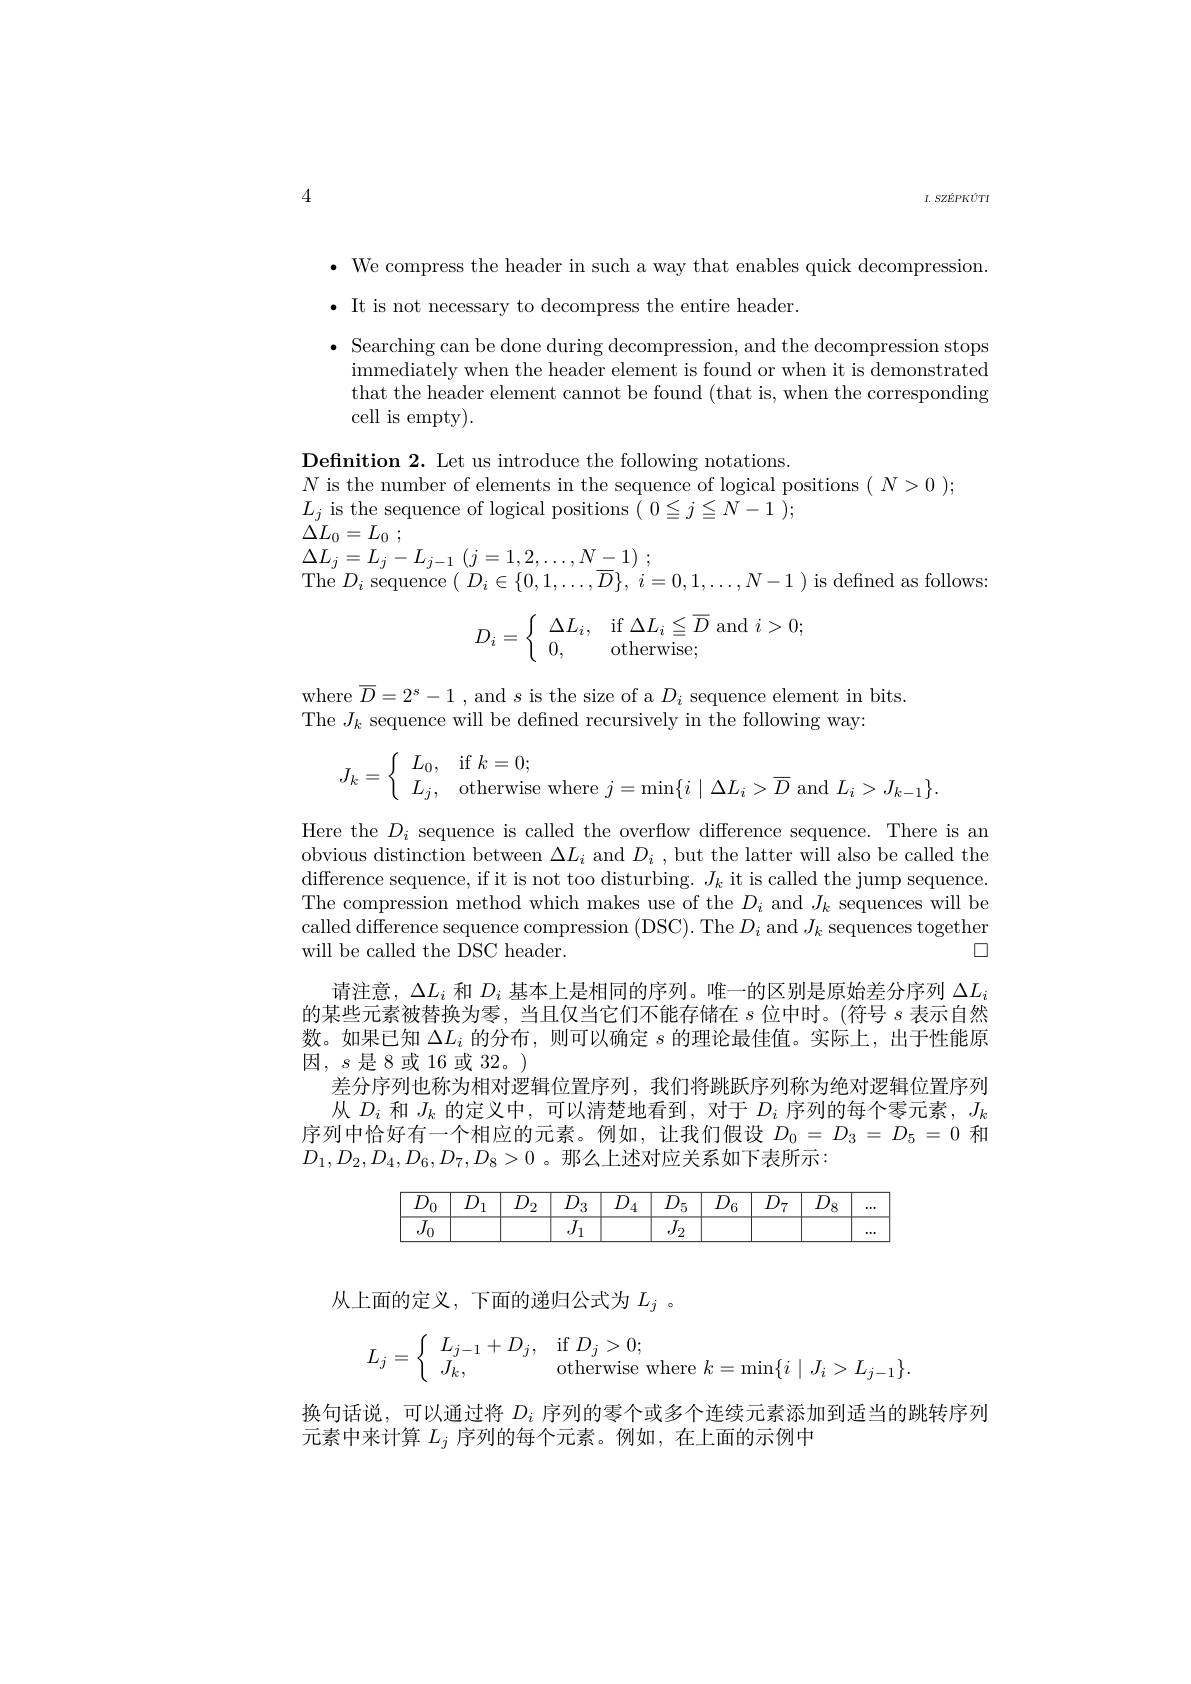
4

I. SZÉPKUTI

$\bullet$ We compress the header in such a way that enables quick decompression.
$\bullet$ It is not necessary to decompress the entire header.

$\bullet$ Searching can be done during decompression, and the decompression stops
immediately when the header element is found or when it is demonstrated that the header element cannot be found (that is, when the corresponding cell is empty).

Definition 2. Let us introduce the following notations.
$N$ is the number of elements in the sequence of logical positions $(N>0);$
$L_{j}$ is the sequence of logical positions $(0\leqq j\leqq N-1);$
$\Delta L_{0}= L_{0}$ ;

$\Delta L_{j}=L_{j}-L_{j-1}\left(j=1,2,\ldots,N-1\right);$
The $D_{i}$ sequence $( D_{i}\in \{ 0, 1, \ldots , \overline {D}\} $, $i= 0, 1, \ldots , N- 1)$ is defined as follows:
$$D_i=\left\{\begin{array}{ll}\Delta L_i,&\textrm{if}\Delta L_i\leqq\overline{D}\textrm{and}i>0;\\0,&\textrm{otherwise};\end{array}\right.$$
$\begin{array}{l}{\mathrm{where~}\overline{D}=2^{s}-1\:,\mathrm{~and~}s\:\mathrm{is~the~size~of~a~}D_{i}\:\mathrm{sequence~element~in~bits}}\\{\mathrm{The~}J_{k}\:\mathrm{sequence~will~be~defined~recursively~in~the~following~way:}}\end{array}$
$$J_k=\left\{\begin{array}{ll}L_0,&\text{if}\:k=0;\\L_j,&\text{otherwise where}\:j=\min\{i\mid\Delta L_i>\overline D\text{and}\:L_i>J_{k-1}\}.\end{array}\right.$$
Here the $D_i$ sequence is called the overflow difference sequence. There is an obvious distinction between $\Delta L_i$ and $D_i$, but the latter will also be called the $\operatorname*{difference~sequence,~if~it~is~not~too~disturbing.~}J_{k}$ it is called the jump sequence. The compression method which makes use of the $D_i$ and $J_k$ sequences will be called difference sequence compression (DSC). The $D_i$ and $J_k$ sequences together
$\square$
will be called the DSC header.
请注意，$\Delta L_i$和$D_i$基本上是相同的序列。唯一的区别是原始差分序列$\Delta L_i$ 的某些元素被替换为零，当且仅当它们不能存储在$s$位中时。(符号$s$表示自然数。如果已知$\Delta L_i$的分布，则可以确定$s$的理论最佳值。实际上，出于性能原因，$s$是8或 16 或 32。)
差分序列也称为相对逻辑位置序列，我们将跳跃序列称为绝对逻辑位置序列从$D_i$和$J_k$的定义中，可以清楚地看到，对于$D_i$序列的每个零元素，$J_k$
序列中恰好有一个相应的元素。例如，让我们假设$D_0=D_3=D_5=0$和
$D_1,D_2,D_4,D_6,D_7,D_8>0$ 。那么上述对应关系如下表所示：

从上面的定义，下面的递归公式为$L_j$ 。
$$L_j=\left\{\begin{array}{ll}L_{j-1}+D_j,&\text{if}D_j>0;\\J_k,&\text{otherwise where}k=\min\{i\mid J_i>L_{j-1}\}.\end{array}\right.$$
换句话说，可以通过将$D_i$序列的零个或多个连续元素添加到适当的跳转序列
元素中来计算$L_j$序列的每个元素。例如，在上面的示例中